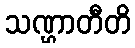
သဏ္ဌာတီတိ